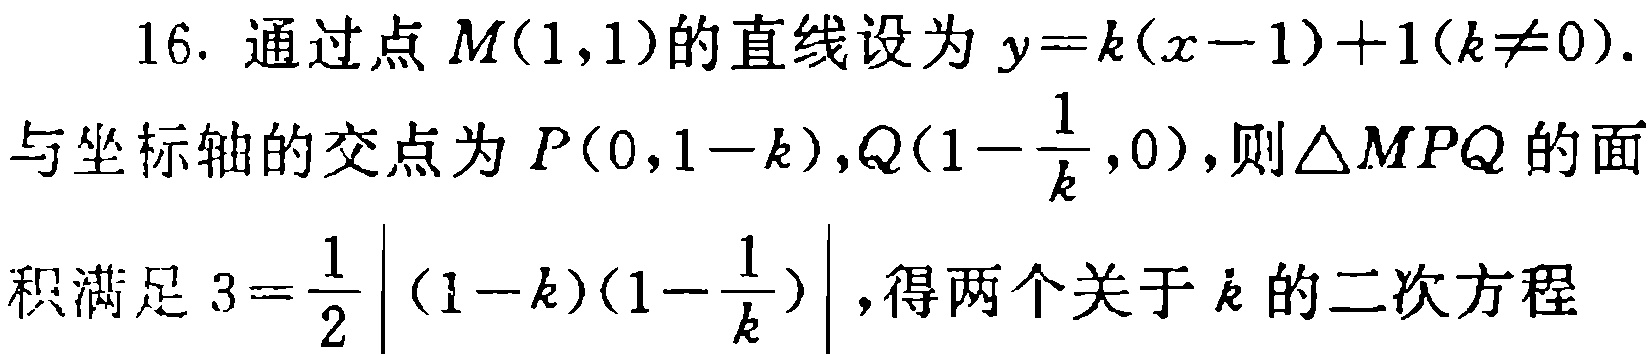
16. 通过点 \(M(1,1)\)的直线设为 \(y = k(x - 1)+1(k\neq0)\).

与坐标轴的交点为 \(P(0,1 - k)\), \(Q(1-\frac{1}{k},0)\), 则\(\triangle MPQ\)的面

积满足 \(3=\frac{1}{2}\left|(1 - k)(1-\frac{1}{k})\right|\), 得两个关于 \(k\)的二次方程